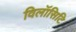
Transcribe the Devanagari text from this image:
विलॉसिटि